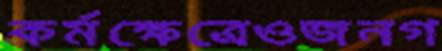
কর্মক্ষেত্রেওজনগ